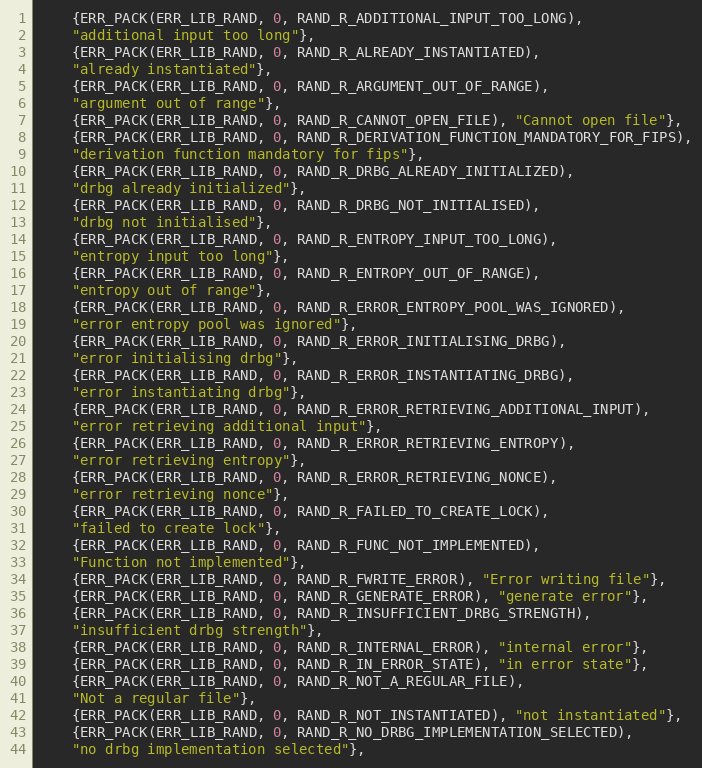
Language: C
    {ERR_PACK(ERR_LIB_RAND, 0, RAND_R_ADDITIONAL_INPUT_TOO_LONG),
    "additional input too long"},
    {ERR_PACK(ERR_LIB_RAND, 0, RAND_R_ALREADY_INSTANTIATED),
    "already instantiated"},
    {ERR_PACK(ERR_LIB_RAND, 0, RAND_R_ARGUMENT_OUT_OF_RANGE),
    "argument out of range"},
    {ERR_PACK(ERR_LIB_RAND, 0, RAND_R_CANNOT_OPEN_FILE), "Cannot open file"},
    {ERR_PACK(ERR_LIB_RAND, 0, RAND_R_DERIVATION_FUNCTION_MANDATORY_FOR_FIPS),
    "derivation function mandatory for fips"},
    {ERR_PACK(ERR_LIB_RAND, 0, RAND_R_DRBG_ALREADY_INITIALIZED),
    "drbg already initialized"},
    {ERR_PACK(ERR_LIB_RAND, 0, RAND_R_DRBG_NOT_INITIALISED),
    "drbg not initialised"},
    {ERR_PACK(ERR_LIB_RAND, 0, RAND_R_ENTROPY_INPUT_TOO_LONG),
    "entropy input too long"},
    {ERR_PACK(ERR_LIB_RAND, 0, RAND_R_ENTROPY_OUT_OF_RANGE),
    "entropy out of range"},
    {ERR_PACK(ERR_LIB_RAND, 0, RAND_R_ERROR_ENTROPY_POOL_WAS_IGNORED),
    "error entropy pool was ignored"},
    {ERR_PACK(ERR_LIB_RAND, 0, RAND_R_ERROR_INITIALISING_DRBG),
    "error initialising drbg"},
    {ERR_PACK(ERR_LIB_RAND, 0, RAND_R_ERROR_INSTANTIATING_DRBG),
    "error instantiating drbg"},
    {ERR_PACK(ERR_LIB_RAND, 0, RAND_R_ERROR_RETRIEVING_ADDITIONAL_INPUT),
    "error retrieving additional input"},
    {ERR_PACK(ERR_LIB_RAND, 0, RAND_R_ERROR_RETRIEVING_ENTROPY),
    "error retrieving entropy"},
    {ERR_PACK(ERR_LIB_RAND, 0, RAND_R_ERROR_RETRIEVING_NONCE),
    "error retrieving nonce"},
    {ERR_PACK(ERR_LIB_RAND, 0, RAND_R_FAILED_TO_CREATE_LOCK),
    "failed to create lock"},
    {ERR_PACK(ERR_LIB_RAND, 0, RAND_R_FUNC_NOT_IMPLEMENTED),
    "Function not implemented"},
    {ERR_PACK(ERR_LIB_RAND, 0, RAND_R_FWRITE_ERROR), "Error writing file"},
    {ERR_PACK(ERR_LIB_RAND, 0, RAND_R_GENERATE_ERROR), "generate error"},
    {ERR_PACK(ERR_LIB_RAND, 0, RAND_R_INSUFFICIENT_DRBG_STRENGTH),
    "insufficient drbg strength"},
    {ERR_PACK(ERR_LIB_RAND, 0, RAND_R_INTERNAL_ERROR), "internal error"},
    {ERR_PACK(ERR_LIB_RAND, 0, RAND_R_IN_ERROR_STATE), "in error state"},
    {ERR_PACK(ERR_LIB_RAND, 0, RAND_R_NOT_A_REGULAR_FILE),
    "Not a regular file"},
    {ERR_PACK(ERR_LIB_RAND, 0, RAND_R_NOT_INSTANTIATED), "not instantiated"},
    {ERR_PACK(ERR_LIB_RAND, 0, RAND_R_NO_DRBG_IMPLEMENTATION_SELECTED),
    "no drbg implementation selected"},